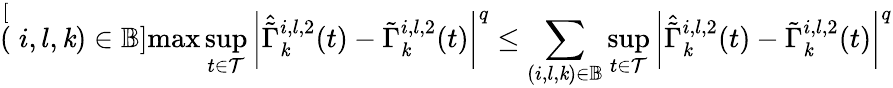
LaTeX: \stackrel[(i,l,\mathit{k})\in\mathbb{{B}}]{\operatorname*{max}}\underset{t\in\mathcal{{T}}}{\operatorname*{sup}}\left|\hat{{\tilde{{\Gamma}}}}_{\mathit{k}}^{i,l,2}(t)-\tilde{{\Gamma}}_{\mathit{k}}^{i,l,2}(t)\right|^{q}\leq\underset{(i,l,\mathit{k})\in\mathbb{{B}}}{\sum}\underset{t\in\mathcal{{T}}}{\operatorname*{sup}}\left|\hat{{\tilde{{\Gamma}}}}_{\mathit{k}}^{i,l,2}(t)-\tilde{{\Gamma}}_{\mathit{k}}^{i,l,2}(t)\right|^{q}